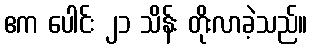
ဧက ပေါင်း ၂၁ သိန်း တိုးလာခဲ့သည်။